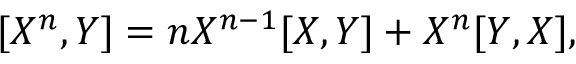
[ X ^ { n } , Y ] = n X ^ { n - 1 } [ X , Y ] + X ^ { n } [ Y , X ] ,